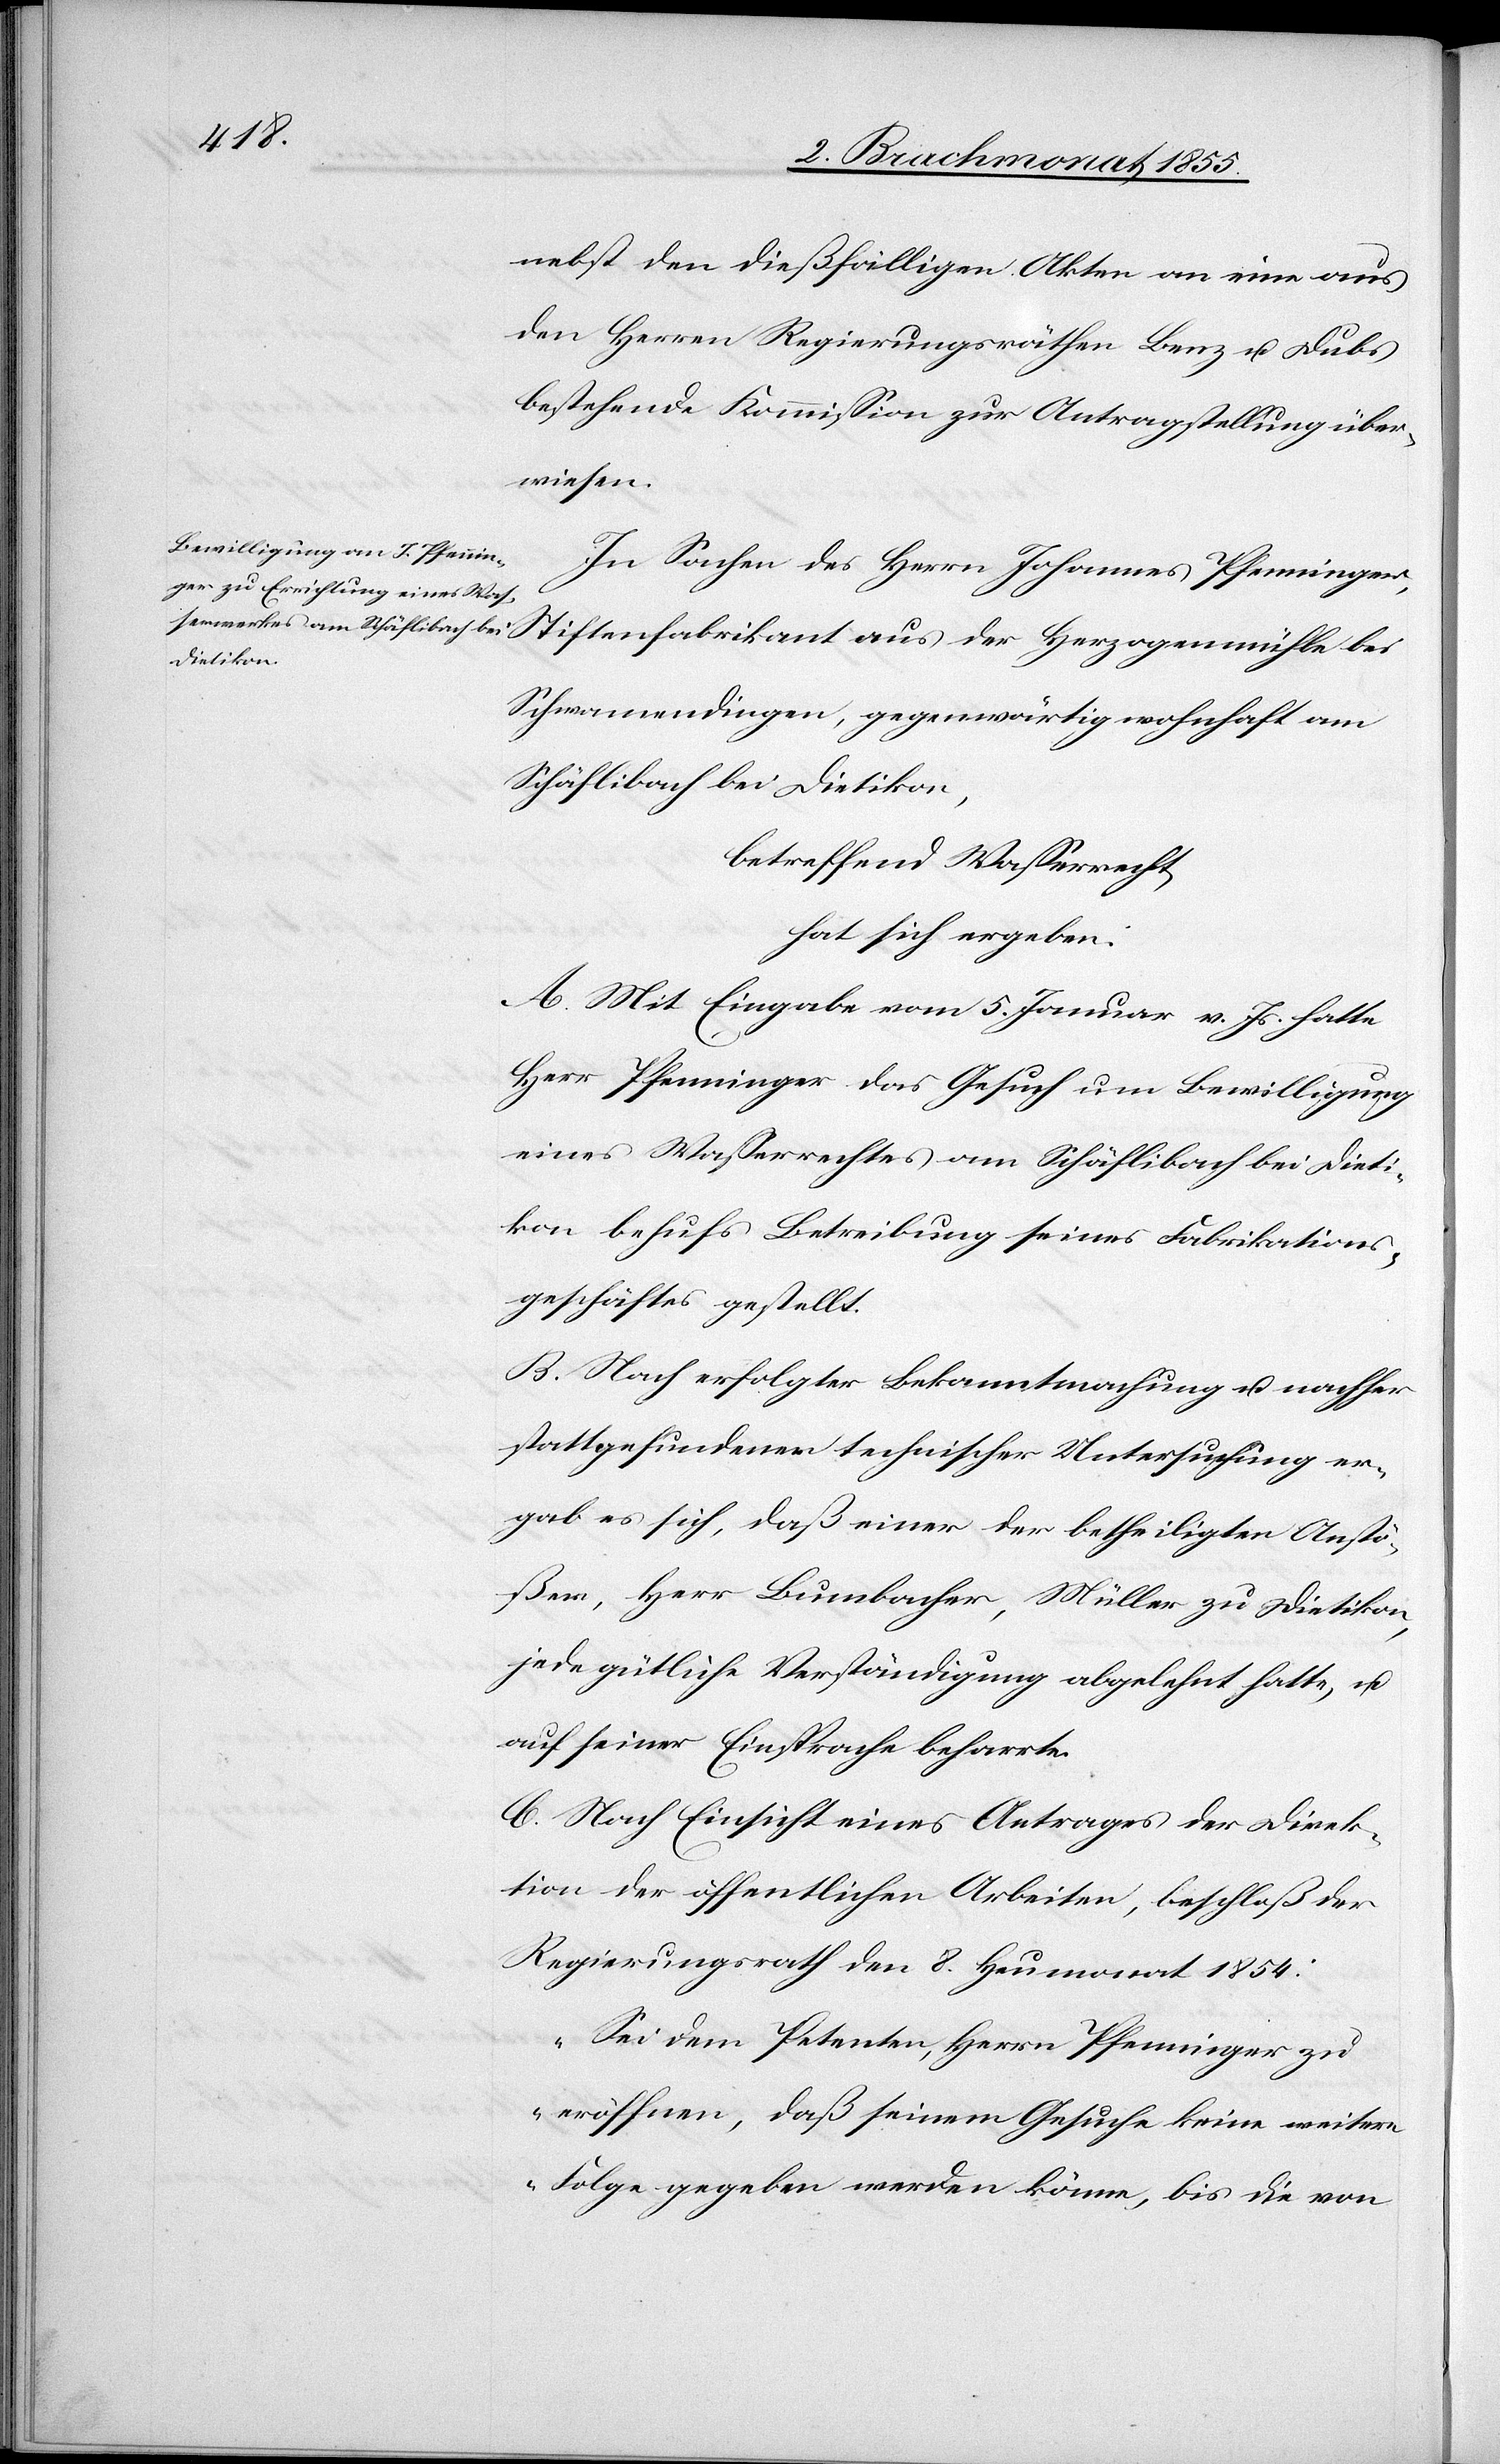
nebst den dießfälligen Akten an eine aus
den Herren Regierungsräthen Benz u. Dubs
bestehende Kommission zur Antragstellung über¬
wiesen.
In Sachen des Herrn Johannes Pfenninger,
Schwamendingen, gegenwärtig wohnhaft am
Schäflibach bei Dietikon,
betreffend Wasserrecht,
hat sich ergeben:
A. Mit Eingabe vom 5. Januar v. Js. hatte
Herr Pfenninger das Gesuch um Bewilligung
eines Wasserrechtes am Schäflibach bei Dieti¬
kon behufs Betreibung seines Fabrikations¬
geschäftes gestellt.
B. Nach erfolgter Bekanntmachung u. nachher
stattgefundener technischer Untersuchung er¬
gab es sich, daß einer der betheiligten Anstö¬
ßer, Herr Bumbacher, Müller zu Dietikon,
jede gütliche Verständigung abgelehnt hatte, u.
auf seiner Einsprache beharrte.
C. Nach Einsicht eines Antrages der Direk¬
tion der öffentlichen Arbeiten, beschloß der
Regierungsrath den 8. Heumonat 1854:
„Sei dem Petenten, Herrn Pfenninger zu
eröffnen, daß seinem Gesuche keine weitere
Folge gegeben werden könne, bis die von